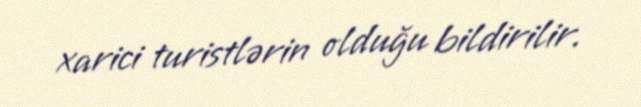
xarici turistlərin olduğu bildirilir.